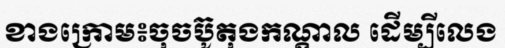
ខាងក្រោម៖ចុចប៊ូតុងកណ្តាល ដើម្បីលេង